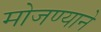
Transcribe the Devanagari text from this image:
मोजण्याने